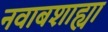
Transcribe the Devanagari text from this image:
नवाबशाह्या